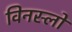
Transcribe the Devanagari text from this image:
विनस्‍लो